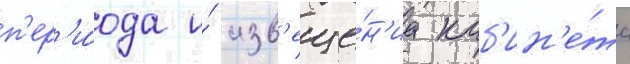
п'ер'и́ода и́ изв'еще́н'иа каб'ин'е́та